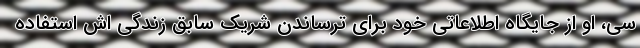
سی، او از جایگاه اطلاعاتی خود برای ترساندن شریک سابق زندگی اش استفاده